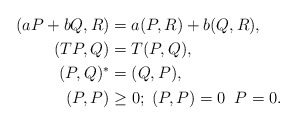
\begin{align*}(aP+bQ,R)&=a(P,R)+b(Q,R), \\(TP,Q)&=T(P,Q),\\(P,Q)^*&=(Q,P),\\(P,P)&\ge0; \;(P,P)=0\;\; P=0. \end{align*}